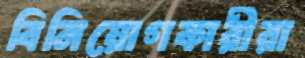
বিনিয়োগকারীরা